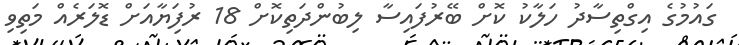
ގައުމުގެ އިގްތިސާދު ހަލާކު ކޮށް ބޭރުފައިސާ ލިބުންދަތިކޮށް 18 ރުފަިޔާއަށް ޑޮލަރެއް މަތިވި